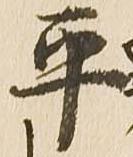
平